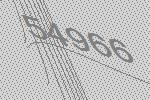
54966